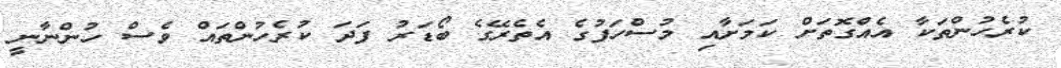
ކުރެހުންތަކާ އެއްގޮތަށް ކަމަށާއި މުސްހަފުގެ އެތެރޭގެ ބޯޑަރު ފަދަ ކުރެހުންތައް ވެސް ހުންނާނީ